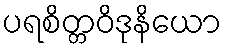
ပရစိတ္တဝိဒုနိယော